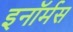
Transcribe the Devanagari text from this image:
इनॉर्मस